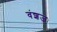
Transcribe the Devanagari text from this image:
वंशजः